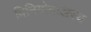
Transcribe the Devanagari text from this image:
विनियोगःअस्य